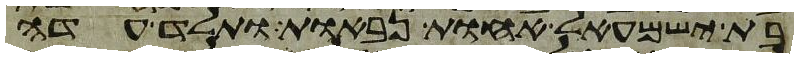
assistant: בת ישמעאל אחות נבאות ותלד עדה